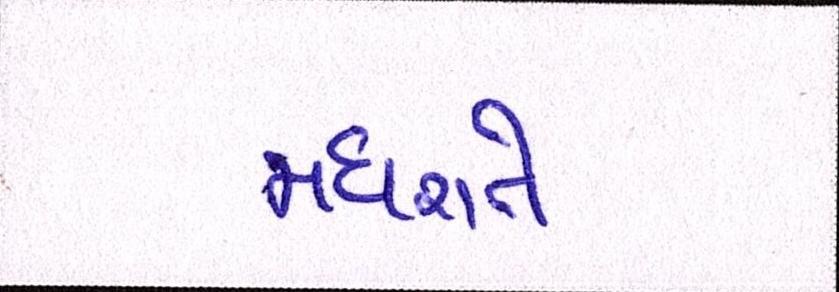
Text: મધરાતે